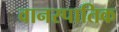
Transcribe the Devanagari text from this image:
वानस्पातिक